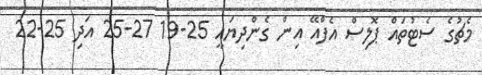
މެޗުގެ ސެޓުތައް ޕޮލިސް އެފްއޭ އިން ގެންދިޔައީ 25-19 27-25 އަދި 25-22